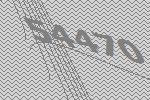
54470